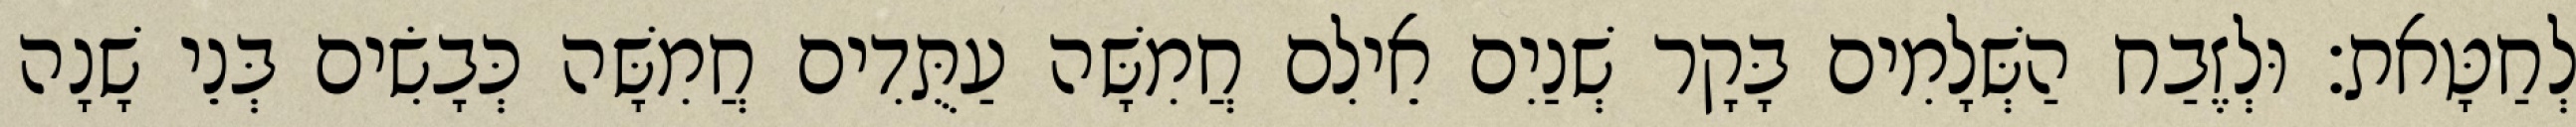
לְחַטָּאת׃ וּלְזֶבַח הַשְּׁלָמִים בָּקָר שְׁנַיִם אֵילִם חֲמִשָּׁה עַתֻּדִים חֲמִשָּׁה כְּבָשִׂים בְּנֵי שָׁנָה